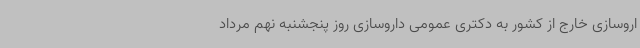
اروسازی خارج از کشور به دکتری عمومی داروسازی روز پنجشنبه نهم مرداد